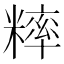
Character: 𥼁